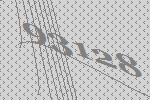
93128